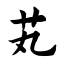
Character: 芄